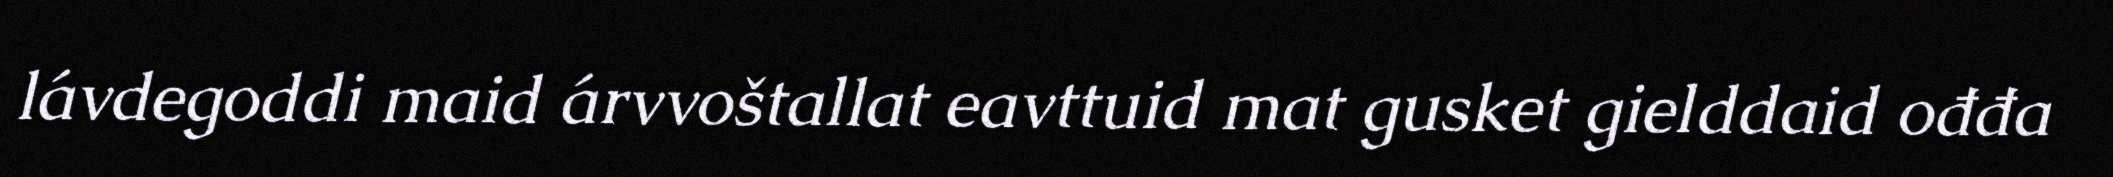
lávdegoddi maid árvvoštallat eavttuid mat gusket gielddaid ođđa